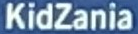
KidZania